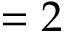
= 2